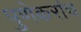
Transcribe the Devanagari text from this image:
पुणेकरांच